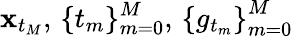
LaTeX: \mathbf{x}_{t_{M}},\, \{ t_{m}\} _{m=0}^{M},\, \left\{ g_{t_{m}}\right\} _{m=0}^{M}